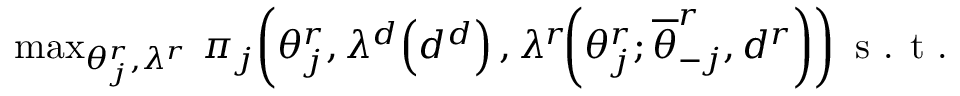
\begin{array} { r l } & { \! \! \operatorname* { m a x } _ { \theta _ { j } ^ { r } , \lambda ^ { r } } \ \! \pi _ { j } \! \left( \theta _ { j } ^ { r } , \lambda ^ { d } \! \left( d ^ { d } \right) , \lambda ^ { r } \! \! \left( \theta _ { j } ^ { r } ; \overline { { \theta } } _ { - j } ^ { r } , d ^ { r } \right) \right) \textrm { s . t . } } \end{array}